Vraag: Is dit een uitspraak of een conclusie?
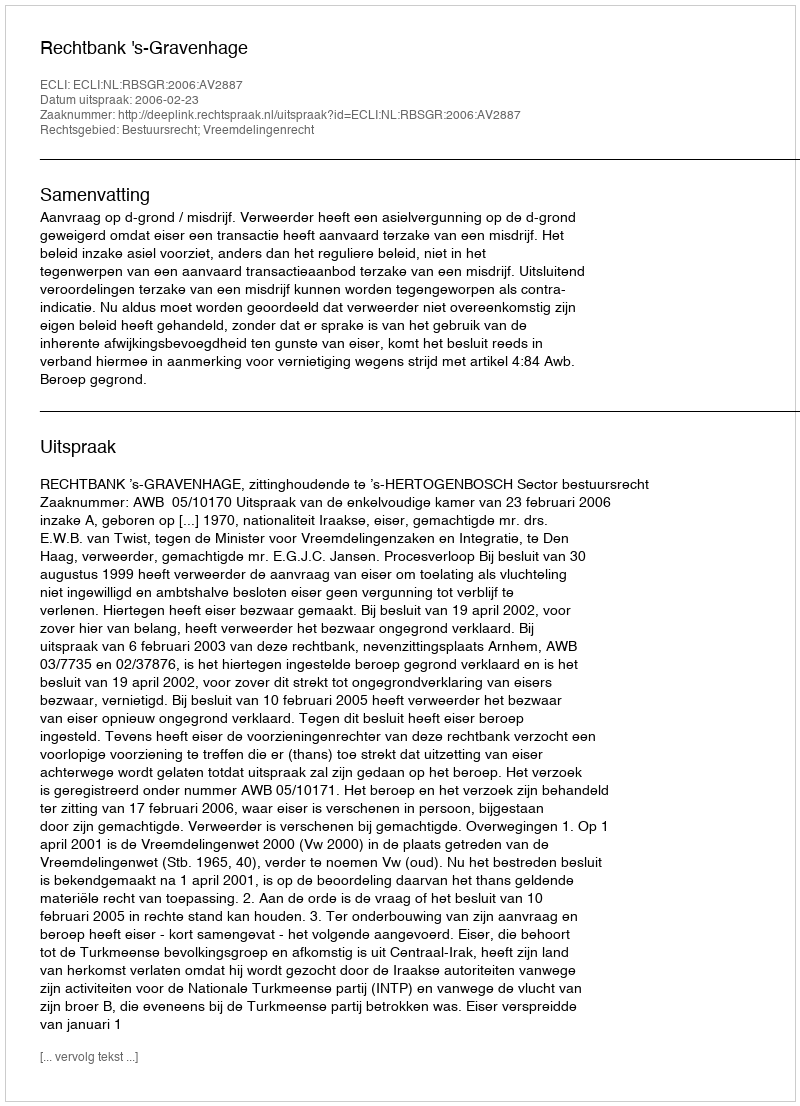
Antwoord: Uitspraak